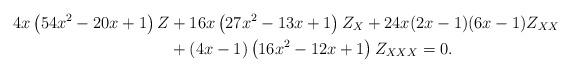
LaTeX: \begin{align*} 4 x \left(54 x^2-20 x+1\right)Z&+16 x \left(27 x^2-13 x+1\right)Z_{X}+24 x (2 x-1) (6 x-1)Z_{XX} \\ &+(4 x-1) \left(16 x^2-12 x+1\right)Z_{XXX} = 0. \end{align*}